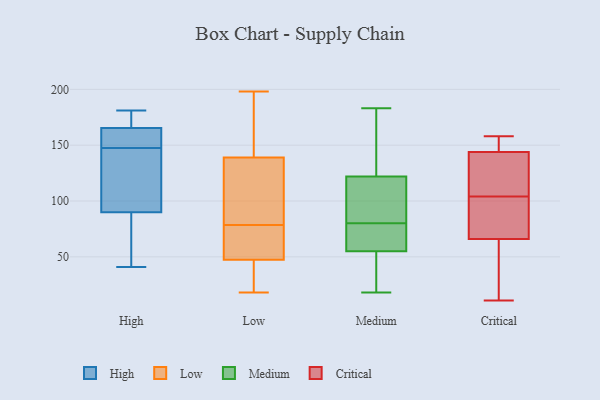
{"axis": {"x": "Satisfaction Score", "y": "Value"}, "legend": ["Critical", "High", "Low", "Medium"], "data": [{"x": "", "y": 160, "type": "High"}, {"x": "", "y": 181, "type": "High"}, {"x": "", "y": 171, "type": "High"}, {"x": "", "y": 73, "type": "High"}, {"x": "", "y": 154, "type": "High"}, {"x": "", "y": 85, "type": "High"}, {"x": "", "y": 141, "type": "High"}, {"x": "", "y": 41, "type": "High"}, {"x": "", "y": 166, "type": "High"}, {"x": "", "y": 95, "type": "High"}, {"x": "", "y": 165, "type": "High"}, {"x": "", "y": 101, "type": "High"}, {"x": "", "y": 26, "type": "Low"}, {"x": "", "y": 18, "type": "Low"}, {"x": "", "y": 66, "type": "Low"}, {"x": "", "y": 18, "type": "Low"}, {"x": "", "y": 75, "type": "Low"}, {"x": "", "y": 106, "type": "Low"}, {"x": "", "y": 154, "type": "Low"}, {"x": "", "y": 75, "type": "Low"}, {"x": "", "y": 82, "type": "Low"}, {"x": "", "y": 39, "type": "Low"}, {"x": "", "y": 56, "type": "Low"}, {"x": "", "y": 170, "type": "Low"}, {"x": "", "y": 33, "type": "Low"}, {"x": "", "y": 182, "type": "Low"}, {"x": "", "y": 137, "type": "Low"}, {"x": "", "y": 75, "type": "Low"}, {"x": "", "y": 86, "type": "Low"}, {"x": "", "y": 134, "type": "Low"}, {"x": "", "y": 141, "type": "Low"}, {"x": "", "y": 198, "type": "Low"}, {"x": "", "y": 110, "type": "Medium"}, {"x": "", "y": 68, "type": "Medium"}, {"x": "", "y": 18, "type": "Medium"}, {"x": "", "y": 167, "type": "Medium"}, {"x": "", "y": 92, "type": "Medium"}, {"x": "", "y": 122, "type": "Medium"}, {"x": "", "y": 23, "type": "Medium"}, {"x": "", "y": 56, "type": "Medium"}, {"x": "", "y": 183, "type": "Medium"}, {"x": "", "y": 55, "type": "Medium"}, {"x": "", "y": 23, "type": "Medium"}, {"x": "", "y": 125, "type": "Medium"}, {"x": "", "y": 56, "type": "Medium"}, {"x": "", "y": 100, "type": "Medium"}, {"x": "", "y": 63, "type": "Critical"}, {"x": "", "y": 11, "type": "Critical"}, {"x": "", "y": 105, "type": "Critical"}, {"x": "", "y": 72, "type": "Critical"}, {"x": "", "y": 147, "type": "Critical"}, {"x": "", "y": 57, "type": "Critical"}, {"x": "", "y": 148, "type": "Critical"}, {"x": "", "y": 69, "type": "Critical"}, {"x": "", "y": 141, "type": "Critical"}, {"x": "", "y": 138, "type": "Critical"}, {"x": "", "y": 147, "type": "Critical"}, {"x": "", "y": 32, "type": "Critical"}, {"x": "", "y": 158, "type": "Critical"}, {"x": "", "y": 96, "type": "Critical"}, {"x": "", "y": 103, "type": "Critical"}, {"x": "", "y": 107, "type": "Critical"}]}